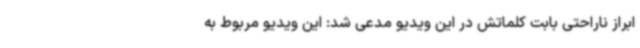
ابراز ناراحتی بابت کلماتش در این ویدیو مدعی شد: این ویدیو مربوط به